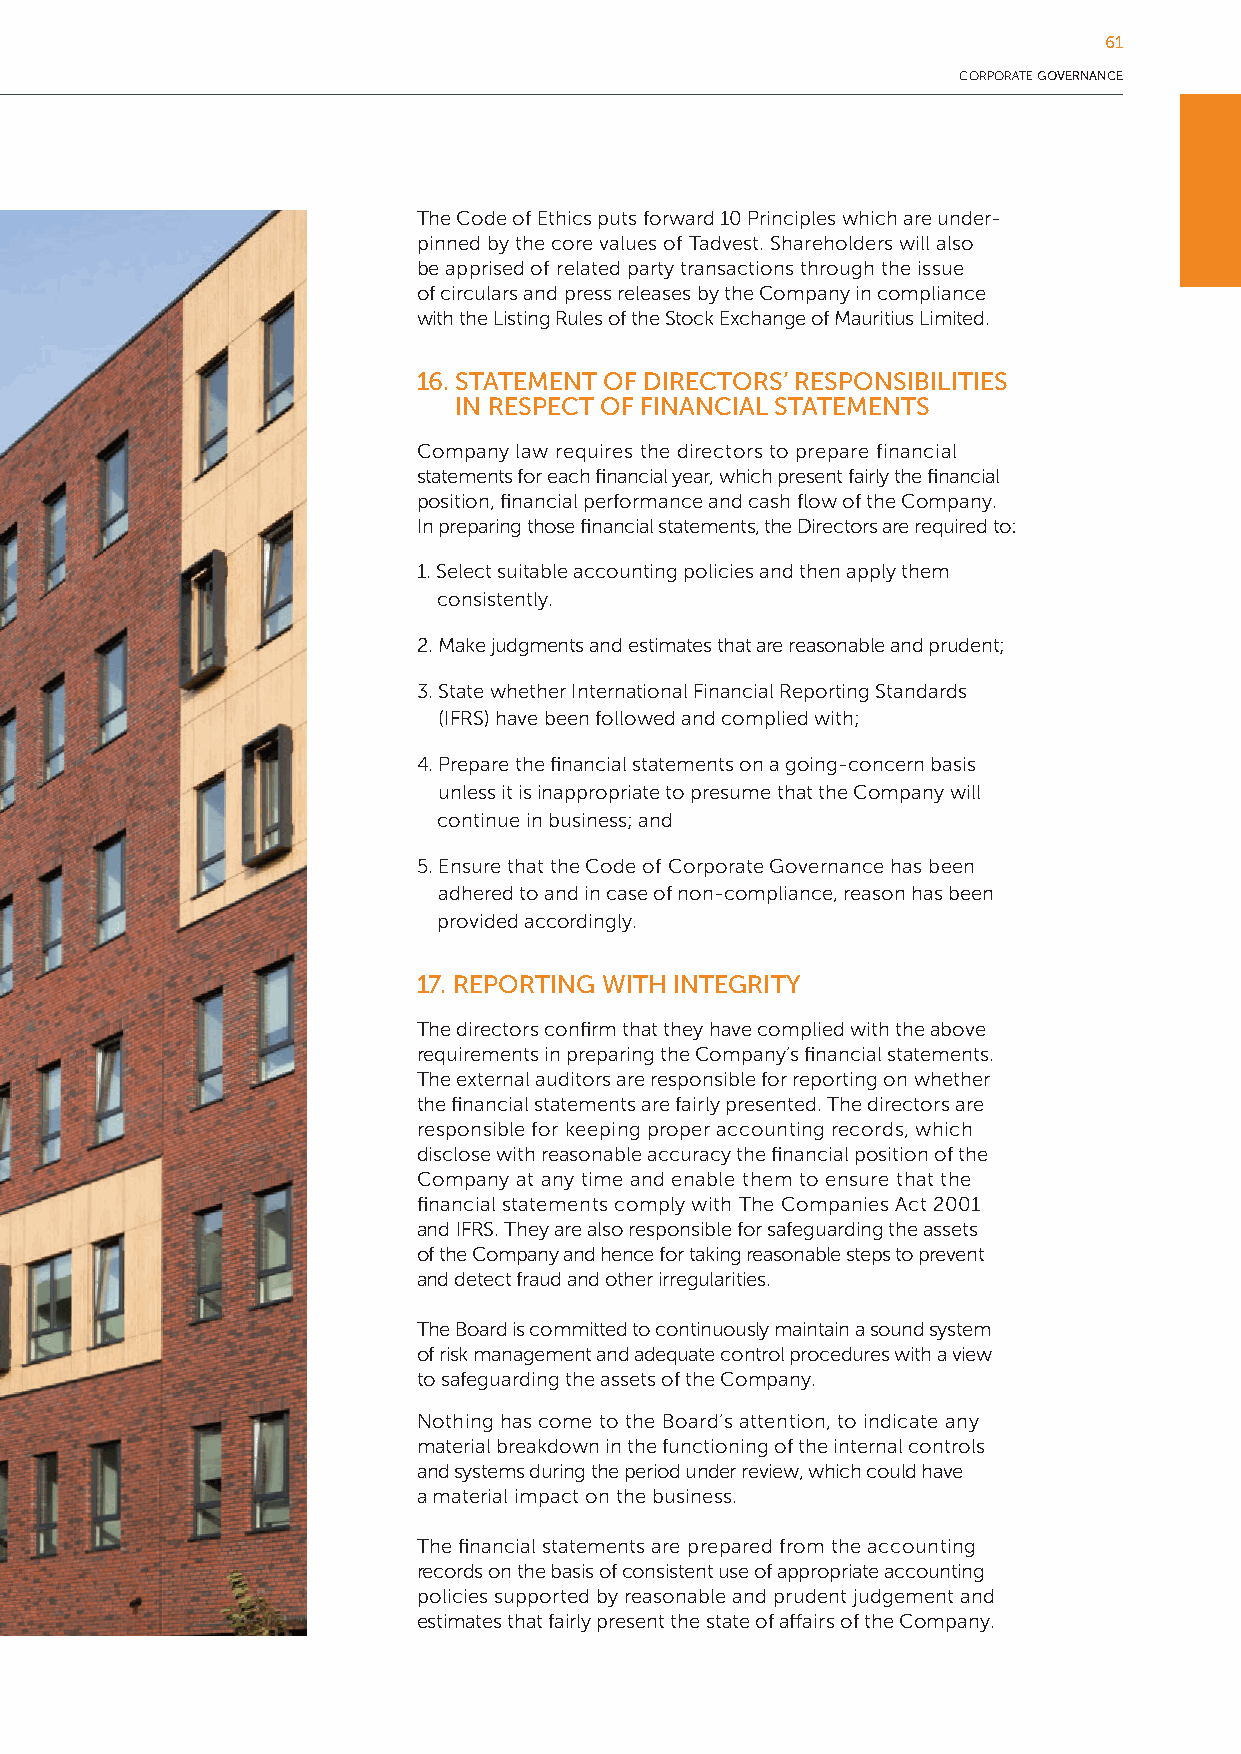
61
 CORPORATE GOVERNANCE
 The Code of Ethics puts forward 10 Principles which are under-
 pinned by the core values of Tadvest. Shareholders will also
 be apprised of related party transactions through the issue
 of circulars and press releases by the Company in compliance
 with the Listing Rules of the Stock Exchange of Mauritius Limited.
 16. STATEMENT OF DIRECTORS’ RESPONSIBILITIES
 IN RESPECT OF FINANCIAL STATEMENTS
 Company law requires the directors to prepare financial
 statements for each financial year, which present fairly the financial
 position, financial performance and cash flow of the Company.
 In preparing those financial statements, the Directors are required to:
 1. Select suitable accounting policies and then apply them
 consistently.
 2. Make judgments and estimates that are reasonable and prudent;
 3. State whether International Financial Reporting Standards
 (IFRS) have been followed and complied with;
 4. Prepare the financial statements on a going-concern basis
 unless it is inappropriate to presume that the Company will
 continue in business; and
 5. Ensure that the Code of Corporate Governance has been
 adhered to and in case of non-compliance, reason has been
 provided accordingly.
 17. REPORTING WITH INTEGRITY
 The directors confirm that they have complied with the above
 requirements in preparing the Company’s financial statements.
 The external auditors are responsible for reporting on whether
 the financial statements are fairly presented. The directors are
 responsible for keeping proper accounting records, which
 disclose with reasonable accuracy the financial position of the
 Company at any time and enable them to ensure that the
 financial statements comply with The Companies Act 2001
 and IFRS. They are also responsible for safeguarding the assets
 of the Company and hence for taking reasonable steps to prevent
 and detect fraud and other irregularities.
 The Board is committed to continuously maintain a sound system
 of risk management and adequate control procedures with a view
 to safeguarding the assets of the Company.
 Nothing has come to the Board’s attention, to indicate any
 material breakdown in the functioning of the internal controls
 and systems during the period under review, which could have
 a material impact on the business.
 The financial statements are prepared from the accounting
 records on the basis of consistent use of appropriate accounting
 policies supported by reasonable and prudent judgement and
 estimates that fairly present the state of affairs of the Company.